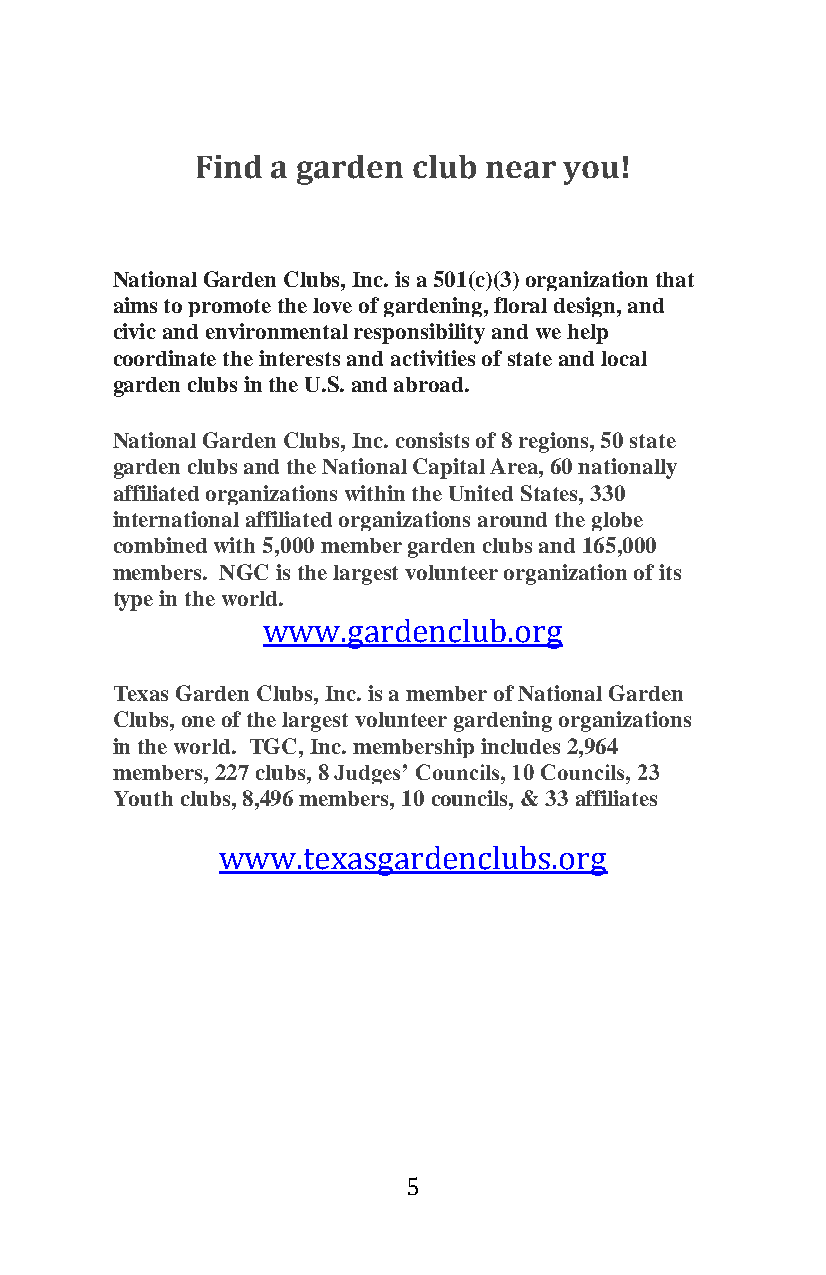
Find a garden club near you!
 National Garden Clubs, Inc. is a 501(c)(3) organization that
 aims to promote the love of gardening, floral design, and
 civic and environmental responsibility and we help
 coordinate the interests and activities of state and local
 garden clubs in the U.S. and abroad.
 National Garden Clubs, Inc. consists of 8 regions, 50 state
 garden clubs and the National Capital Area, 60 nationally
 affiliated organizations within the United States, 330
 international affiliated organizations around the globe
 combined with 5,000 member garden clubs and 165,000
 members. NGC is the largest volunteer organization of its
 type in the world.
 www.gardenclub.org
 Texas Garden Clubs, Inc. is a member of National Garden
 Clubs, one of the largest volunteer gardening organizations
 in the world. TGC, Inc. membership includes 2,964
 members, 227 clubs, 8 Judges’ Councils, 10 Councils, 23
 Youth clubs, 8,496 members, 10 councils, & 33 affiliates
 www.texasgardenclubs.org
 5